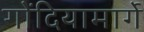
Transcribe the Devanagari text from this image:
गोंदियामार्गे